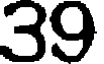
39